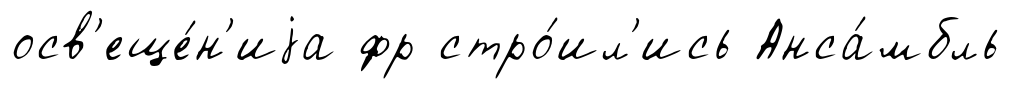
осв'еще́н'иjа фр стро́ил'ись Анса́мбль